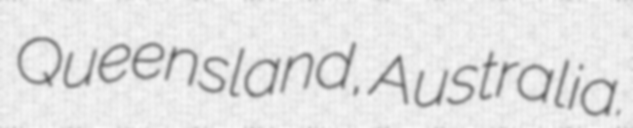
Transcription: Queensland, Australia.